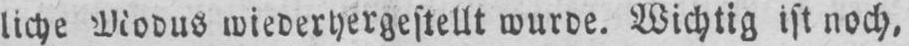
liche Modus wiederhergestellt wurde. Wichtig ist noch‚